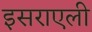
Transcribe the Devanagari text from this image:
इसराएली